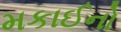
મકાઈનો